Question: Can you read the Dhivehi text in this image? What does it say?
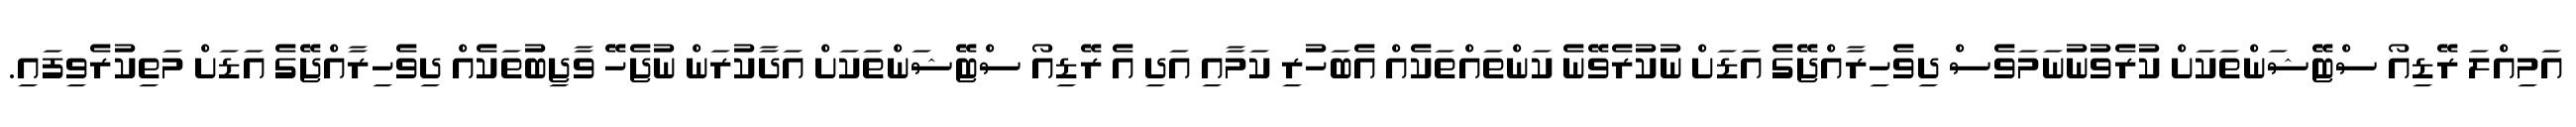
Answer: އަމިއްލަ ރޭޑިއޯ ސްޓޭޝަންތަކަށް ކުރެވުނުނަމަވެސް ދިވެހިރާއްޖޭގެ އަޑަށް ނުކުރެވޭނެ ކަންތައްތަކެއް އެބަހުރި ކަމާއި އަދި އެ ރޭޑިއޯ ސްޓޭޝަންތަކަށް އަދާކުރަން ނުޖެހޭ ވާޖިބުތަކެއް ދިވެހިރާއްޖޭގެ އަޑަށް މަތިކުރެވިފައި.